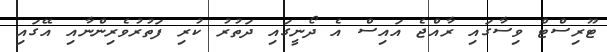
ޓޫރިސްޓް ވިސާގައި ރާއްޖެ އައިސް އެ ދޯނީގައި ދަތުރު ކުރި ފަތުރުވެރިންނާއި އޭގައި